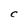
Character: C